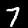
Digit: 7